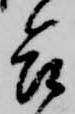
合